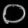
Digit: ၀